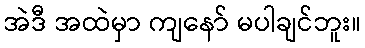
အဲဒီ အထဲမှာ ကျနော် မပါချင်ဘူး။